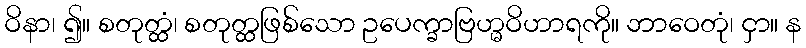
ဝိနာ၊ ၍။ စတုတ္ထံ၊ စတုတ္ထဖြစ်သော ဥပေက္ခာဗြဟ္မဝိဟာရကို။ ဘာဝေတုံ၊ ငှာ။ န